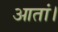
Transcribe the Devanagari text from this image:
आतां।